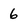
Character: 6